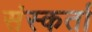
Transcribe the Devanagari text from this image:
संस्कर्ता